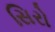
સિરો